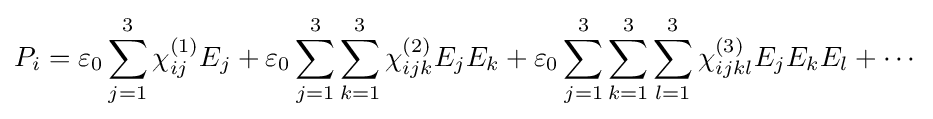
P_{i}=\varepsilon _{0}\sum _{j=1}^{3}\chi _{ij}^{(1)}E_{j}+\varepsilon _{0}\sum _{j=1}^{3}\sum _{k=1}^{3}\chi _{ijk}^{(2)}E_{j}E_{k}+\varepsilon _{0}\sum _{j=1}^{3}\sum _{k=1}^{3}\sum _{l=1}^{3}\chi _{ijkl}^{(3)}E_{j}E_{k}E_{l}+\cdots